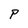
Character: P